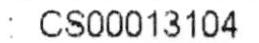
: CS00013104